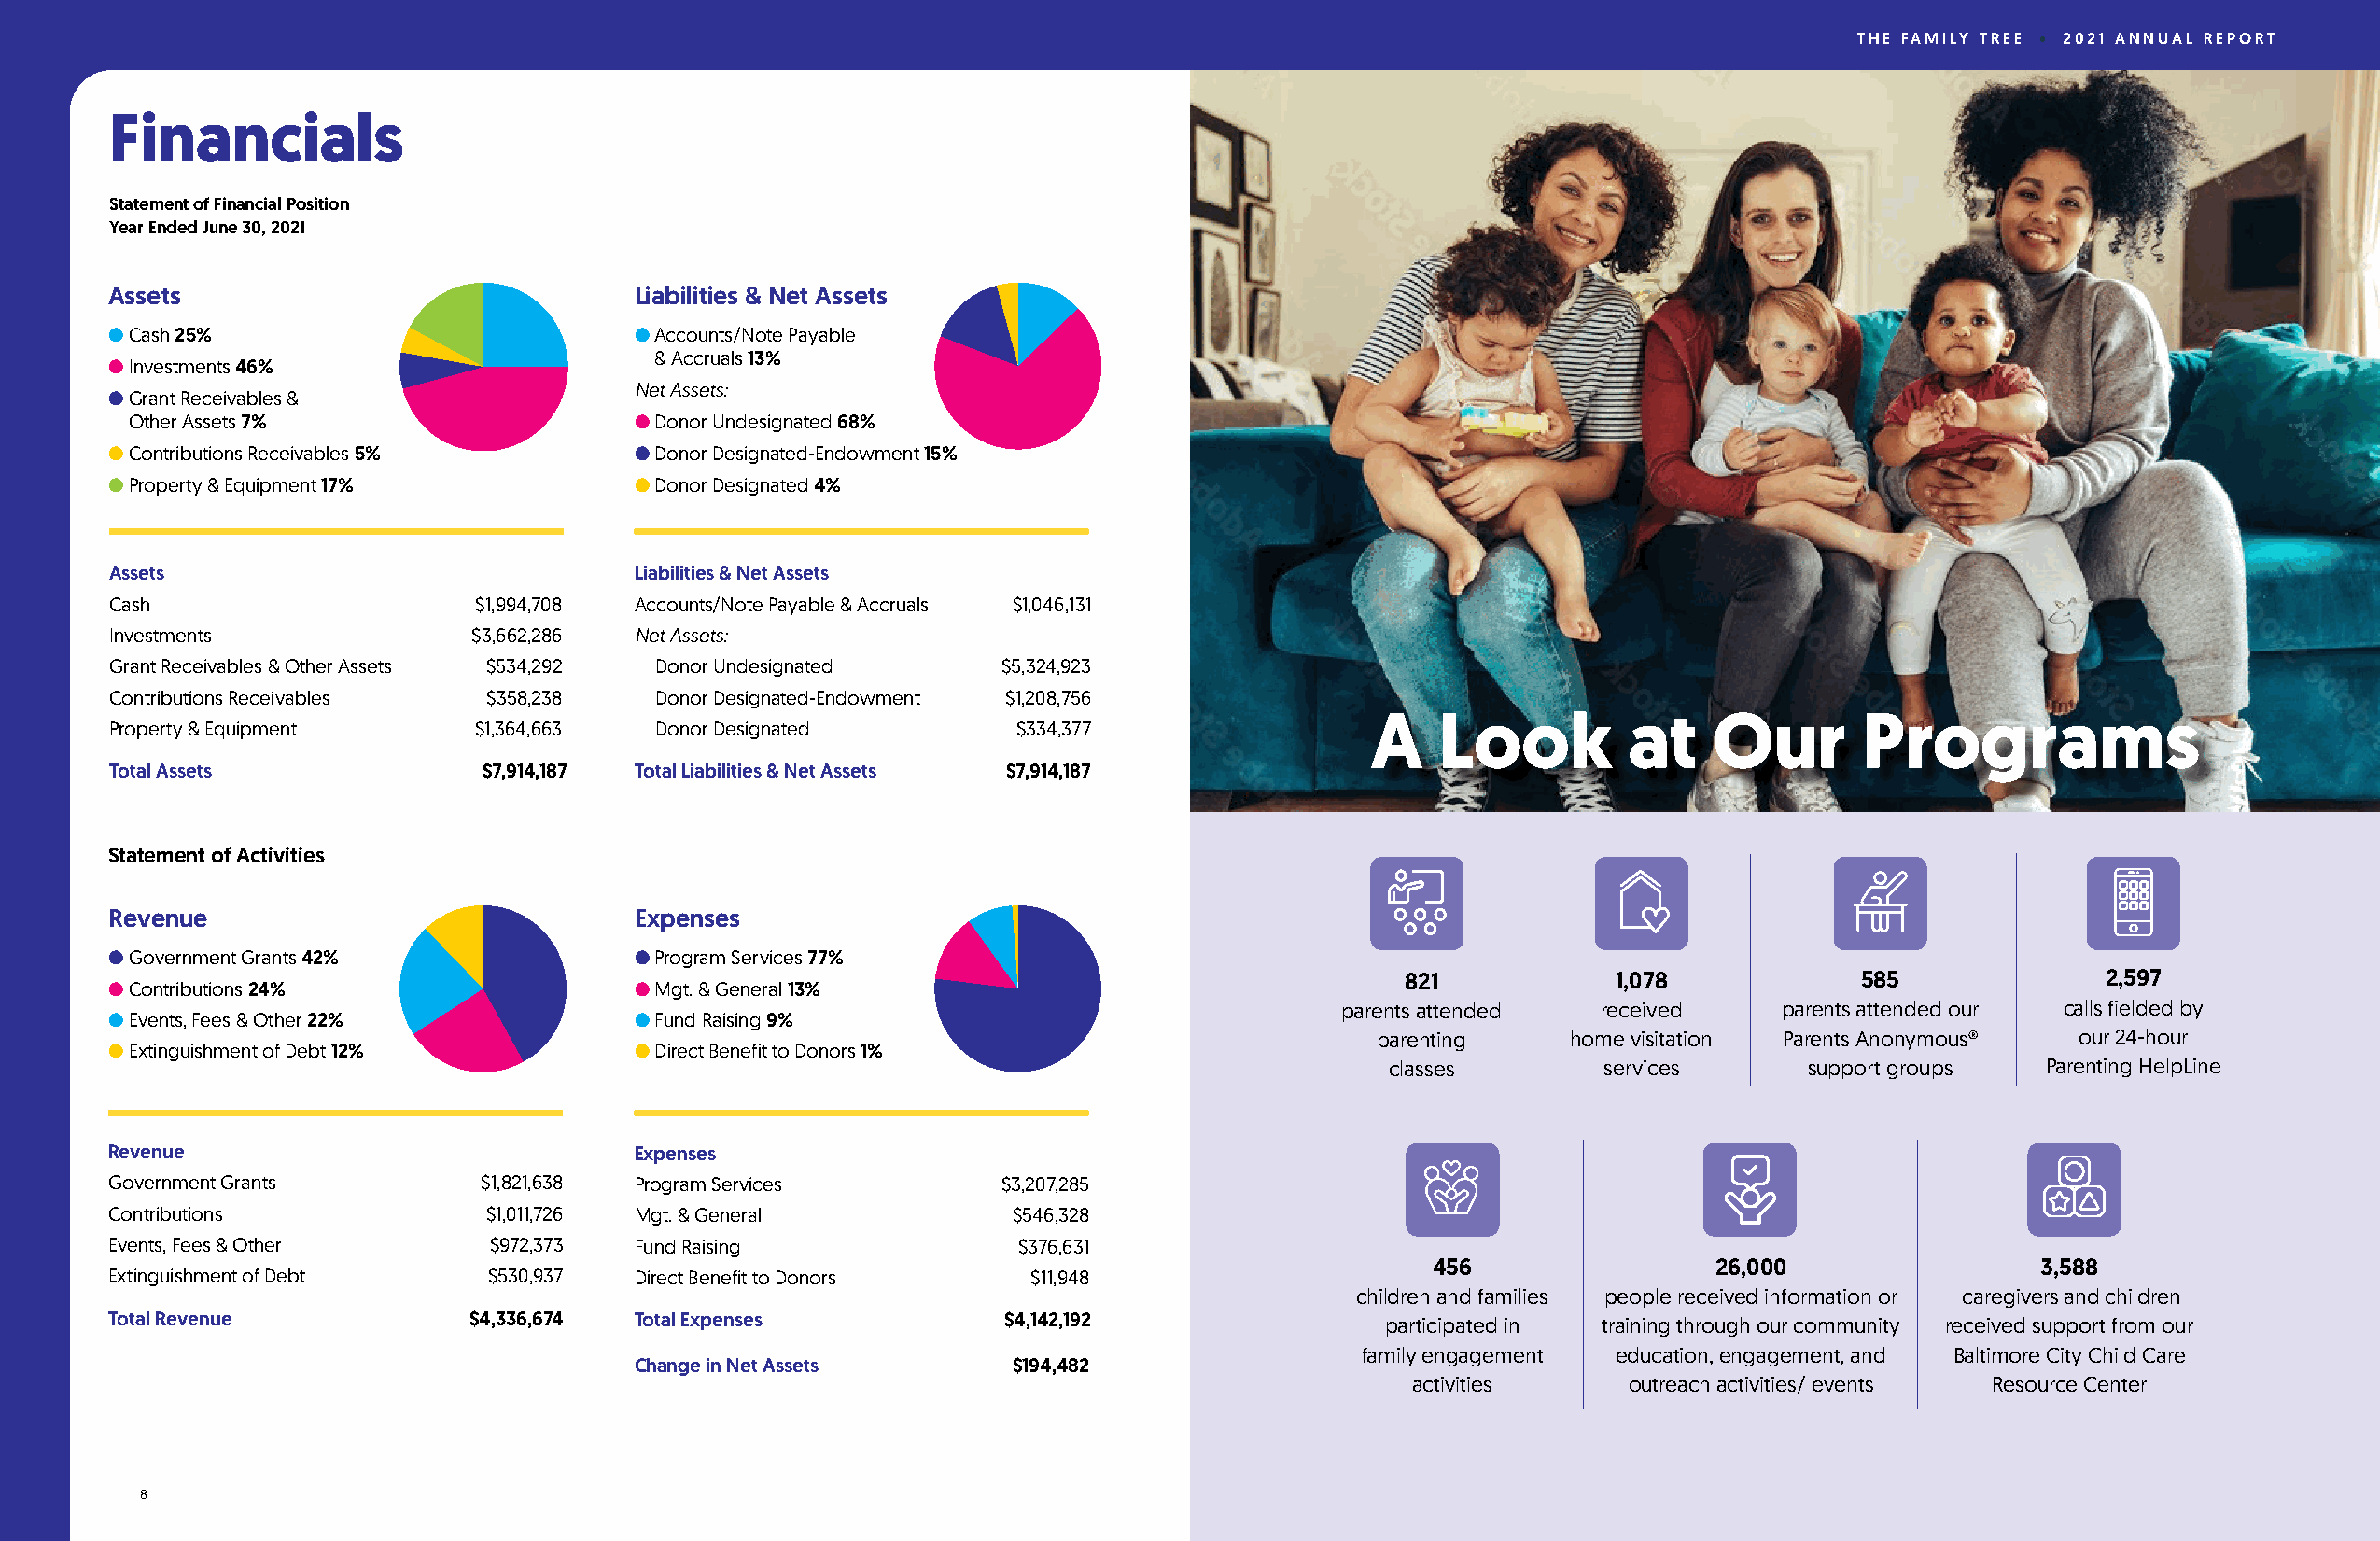
THE FAMILY TREE • 2021 ANNUAL REPORT
 Financials
 Statement of Financial Position
 Year Ended June 30, 2021
 Assets                               Liabilities & Net Assets
 ● Cash 25%                           ● Accounts/Note Payable
 ● Investments 46%                     & Accruals 13%
 Net Assets:
 ● Grant Receivables &
 Other Assets 7%                     ● Donor Undesignated 68%
 ● Contributions Receivables 5%       ● Donor Designated-Endowment 15%
 ● Property & Equipment 17%           ● Donor Designated 4%
 Assets                               Liabilities & Net Assets
 Cash                      $1,994,708 Accounts/Note Payable & Accruals $1,046,131
 Investments              $3,662,286  Net Assets:
 Grant Receivables & Other Assets $534,292 Donor Undesignated   $5,324,923
 Contributions Receivables  $358,238    Donor Designated-Endowment $1,208,756
 A    Look          at   Our        Programs
 Property & Equipment      $1,364,663   Donor Designated         $334,377
 Total Assets              $ 7,914,187 Total Liabilities & Net Assets $7,914,187
 Statement of Activities
 Revenue                              Expenses
 ● Government Grants 42%              ● Program Services 77%
 821            1,078            585              2,597
 ● Contributions 24%                  ● Mgt. & General 13%
 parents attended   received    parents attended our calls fielded by
 ● Events, Fees & Other 22%           ● Fund Raising 9%
 parenting    home visitation Parents Anonymous®  our 24-hour
 ● Extinguishment of Debt 12%         ● Direct Benefit to Donors 1%
 classes        services      support groups   Parenting HelpLine
 Revenue                              Expenses
 Government Grants         $1,821,638 Program Services          $3,207,285
 Contributions             $1,011,726 Mgt. & General             $546,328
 Events, Fees & Other       $972,373  Fund Raising               $376,631
 456                 26,000                 3,588
 Extinguishment of Debt     $530,937  Direct Benefit to Donors    $11,948
 children and families people received information or caregivers and children
 Total Revenue            $4,336,674  Total Expenses            $ 4,142,192                participated in training through our community received support from our
 family engagement education, engagement, and Baltimore City Child Care
 Change in Net Assets       $194,482
 activities      outreach activities/ events Resource Center
 8